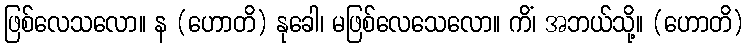
ဖြစ်လေသလော။ န (ဟောတိ) နုခေါ၊ မဖြစ်လေသေလော။ ကိံ၊ အဘယ်သို့။ (ဟောတိ)